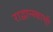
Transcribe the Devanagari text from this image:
राद्वान्स्काची